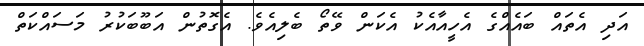
އަދި އެތައް ބައެއްގެ އެހީއާއެކު އެކަން ވޭތޯ ބެލިއެވެ. އެގޮތުން އަބޫބަކުރު މަސައްކަތް